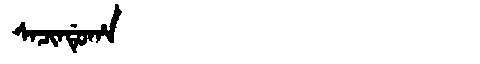
Manchu: ᠰᠠᠴᡳᠨᡩᡠᡥᠠ
Romanization: SACINDUHA